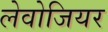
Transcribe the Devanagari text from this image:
लेवोजियर